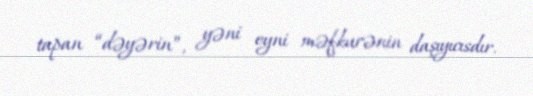
tapan “dəyərin”, yəni eyni məfkurənin daşıyıcısdır.